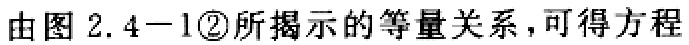
由图 2.4−1\textcircled{2}所揭示的等量关系，可得方程